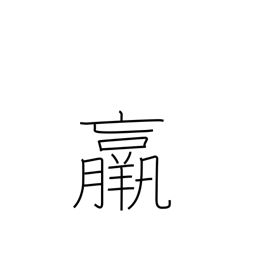
Meaning: thin